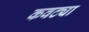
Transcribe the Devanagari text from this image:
कवट्या